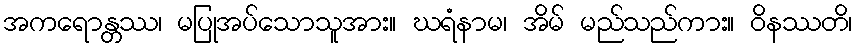
အကရောန္တဿ၊ မပြုအပ်သောသူအား။ ဃရံနာမ၊ အိမ် မည်သည်ကား။ ဝိနဿတိ၊